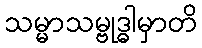
သမ္မာသမ္ဗုဒ္ဓါမှာတိ